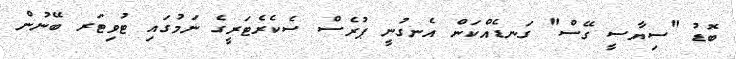
ބޮޑު "ސިޔާސީ ގޭސް" ގަނޑެއްކަން އެނގުނީ ޕުރެސް ސެކެރެޓަރީގެ ނަމުގައި ޓުވިޓަރ ބޭނުން